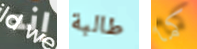
إنه طالبة كما